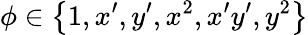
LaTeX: \phi\in\left\{ 1,x^{\prime},y^{\prime},x^{2},x^{\prime}y^{\prime},y^{2}\right\}